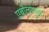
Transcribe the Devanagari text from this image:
एबोलामुळे